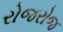
રોજરોજ